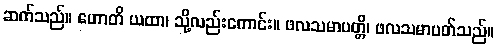
ဆက်သည်။ ဟောတိ ယထာ၊ သို့လည်းကောင်း။ ဖလသမာပတ္တိ၊ ဖလသမာပတ်သည်။